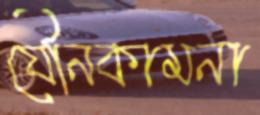
যৌনকামনা